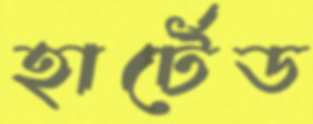
হার্টেড